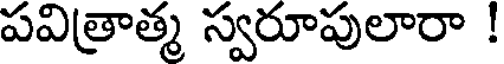
పవిత్రాత్మ స్వరూపులారా !